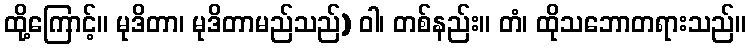
ထို့ကြောင့်။ မုဒိတာ၊ မုဒိတာမည်သည်) ဝါ၊ တစ်နည်း။ တံ၊ ထိုသဘောတရားသည်။